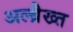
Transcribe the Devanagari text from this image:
अल्ब्रैख्त